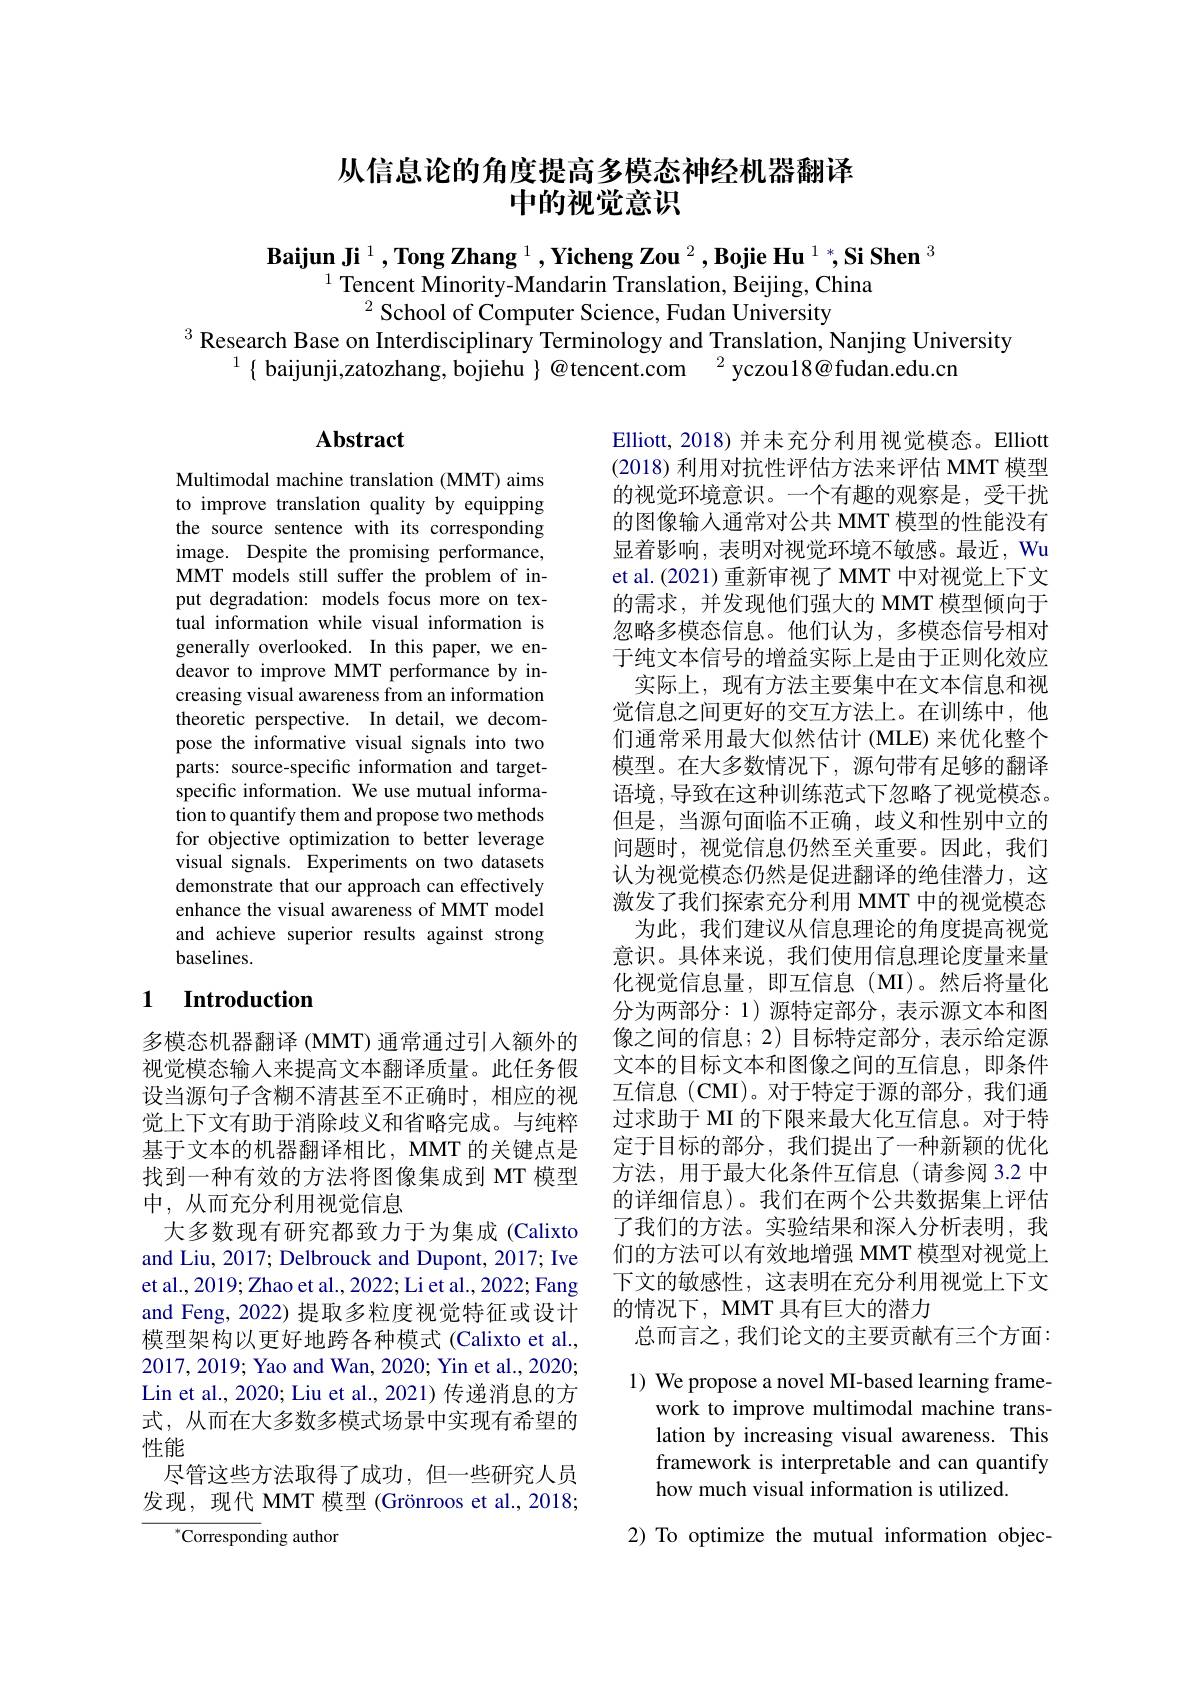
## 从信息论的角度提高多模态神经机器翻译中的视觉意识

$\textbf{Baijun Ji}^1,\textbf{Tong Zhang }^1,\textbf{Yicheng Zou }^2,\textbf{Bojie Hu }^1*,\textbf{Si Shen }^3$

$^{1}$ Tencent Minority-Mandarin Translation, Beijing, China
$^{2}$School of Computer Science, Fudan University
$^{3}$ Research Base on Interdisciplinary Terminology and Translation, Nanjing University
$^{1}\{$ baijunji,zatozhang, bojiehu $\}@$tencent.com$\:^2$yczou18@fudan.edu.cr

## $\mathbf{Abstract}$

Multimodal machine translation (MMT) aims to improve translation quality by equipping the source sentence with its corresponding image. Despite the promising performance, MMT models still suffer the problem of input degradation: models focus more on textual information while visual information is generally overlooked. In this paper, we endeavor to improve MMT performance by increasing visual awareness from an information theoretic perspective. In detail, we decompose the informative visual signals into two parts: source-specific information and targetspecific information. We use mutual information to quantify them and propose two methods for objective optimization to better leverage visual signals. Experiments on two datasets demonstrate that our approach can effectively enhance the visual awareness of MMT model and achieve superior results against strong baselines.

Elliott, 2018) 并未充分利用视觉模态。Elliott (2018)利用对抗性评估方法来评估 MMT 模型的视觉环境意识。一个有趣的观察是，受干扰的图像输入通常对公共 MMT 模型的性能没有显着影响，表明对视觉环境不敏感。最近，Wu et al.(2021) 重新审视了 MMT 中对视觉上下文的需求，并发现他们强大的 MMT 模型倾向于忽略多模态信息。他们认为，多模态信号相对于纯文本信号的增益实际上是由于正则化效应
实际上，现有方法主要集中在文本信息和视觉信息之间更好的交互方法上。在训练中，他们通常采用最大似然估计 (MLE)来优化整个模型。在大多数情况下，源句带有足够的翻译语境，导致在这种训练范式下忽略了视觉模态。但是，当源句面临不正确，歧义和性别中立的问题时，视觉信息仍然至关重要。因此，我们认为视觉模态仍然是促进翻译的绝佳潜力，这激发了我们探索充分利用 MMT 中的视觉模态
为此，我们建议从信息理论的角度提高视觉意识。具体来说，我们使用信息理论度量来量化视觉信息量，即互信息(MI)。然后将量化分为两部分：1)源特定部分，表示源文本和图像之间的信息；2)目标特定部分，表示给定源文本的目标文本和图像之间的互信息，即条件互信息 (CMI)。对于特定于源的部分，我们通过求助于 MI 的下限来最大化互信息。对于特定于目标的部分，我们提出了一种新颖的优化方法，用于最大化条件互信息(请参阅 3.2 中的详细信息)。我们在两个公共数据集上评估了我们的方法。实验结果和深人分析表明，我们的方法可以有效地增强 MMT 模型对视觉上下文的敏感性，这表明在充分利用视觉上下文的情况下，MMT 具有巨大的潜力
总而言之，我们论文的主要贡献有三个方面：

### 1 Introduction

多模态机器翻译 (MMT) 通常通过引入额外的视觉模态输入来提高文本翻译质量。此任务假设当源句子含糊不清甚至不正确时，相应的视觉上下文有助于消除歧义和省略完成。与纯粹基于文本的机器翻译相比，MMT 的关键点是找到一种有效的方法将图像集成到 MT 模型中，从而充分利用视觉信息
大多数现有研究都致力于为集成(Calixto and Liu, 2017; Delbrouck and Dupont, 2017; Ive et al., 2019; Zhao et al., 2022; Li et al., 2022; Fang and Feng, 2022) 提取多粒度视觉特征或设计模型架构以更好地跨各种模式 (Calixto et al., 2017,2019; Yao and Wan, 2020; Yin et al., 2020; Lin et al., 2020; Liu et al., 2021) 传递消息的方式，从而在大多数多模式场景中实现有希望的性能
尽管这些方法取得了成功，但一些研究人员发现，现代 MMT 模型 (Grönroos et al., 2018;
$^{*}$Corresponding author

1) We propose a novel MI-based learning frame-
work to improve multimodal machine translation by increasing visual awareness. This framework is interpretable and can quantify how much visual information is utilized.

2) To optimize the mutual information objec-